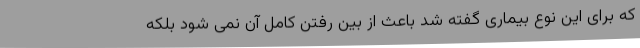
که برای این نوع بیماری گفته شد باعث از بین رفتن کامل آن نمی شود بلکه